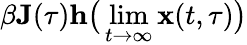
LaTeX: \beta\mathbf{J}(\tau)\mathbf{h}\big(\operatorname*{lim}_{t\rightarrow\infty}\mathbf{x}(t,\tau)\big)